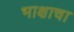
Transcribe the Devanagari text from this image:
भाक्षाचा